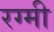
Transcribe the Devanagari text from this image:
रग्मी